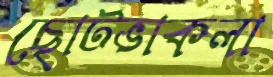
ছোটভাকলা